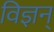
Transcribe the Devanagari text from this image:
विज्ञन्